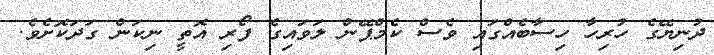
ދުނިޔޭގެ ހުރިހާ ހިސާބެއްގައި ވެސް ކެމްޕޭން ލަވައިގެ ފޯރި އޮތީ ނިކަން ގަދަކޮށެވެ.